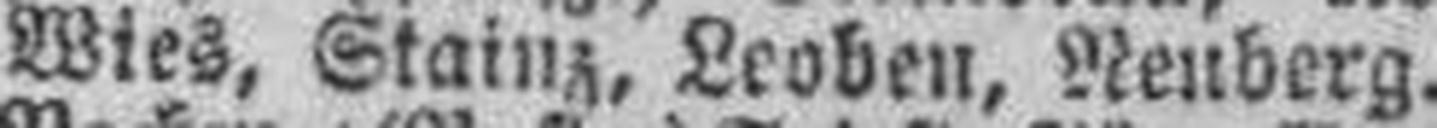
Wies, Stainz, Leoben, Neuberg.